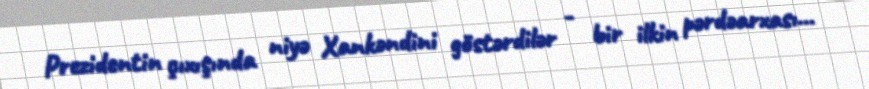
Prezidentin çıxışında niyə Xankəndini göstərdilər - bir ilkin pərdəarxası...